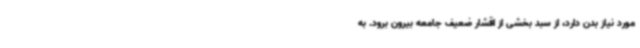
مورد نیاز بدن دارد، از سبد بخشی از اقشار ضعیف جامعه بیرون برود. به